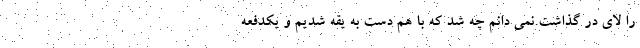
را لای در گذاشت.نمی دانم چه شد که با هم دست به یقه شدیم و یکدفعه